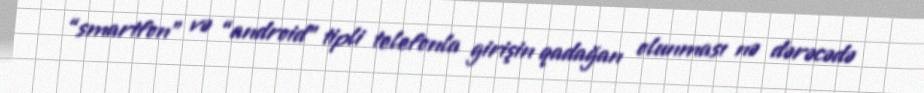
“smartfon” və “android” tipli telefonla girişin qadağan olunması nə dərəcədə